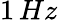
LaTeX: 1\, Hz